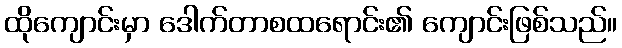
ထိုကျောင်းမှာ ဒေါက်တာစထရောင်း၏ ကျောင်းဖြစ်သည်။